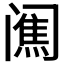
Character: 𨸋